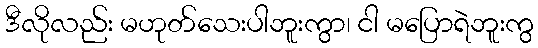
ဒီလိုလည်း မဟုတ်သေးပါဘူးကွာ၊ ငါ မပြောရဲဘူးကွ